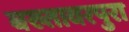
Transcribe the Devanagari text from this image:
बख्तावरपुरा